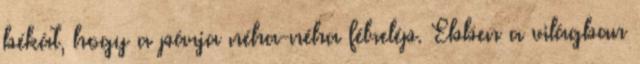
békát, hogy a párja néha-néha félrelép. Ebben a világban